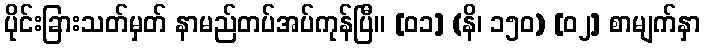
ပိုင်းခြားသတ်မှတ် နာမည်တပ်အပ်ကုန်ပြီ။ [၀၁] (နိ၊ ၁၅၀) [၀၂] စာမျက်နှာ